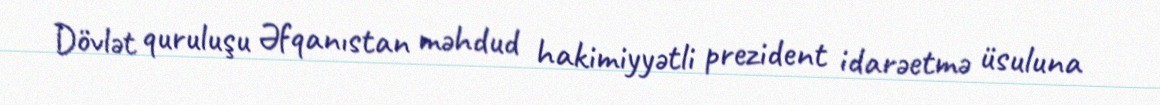
Dövlət quruluşu Əfqanıstan məhdud hakimiyyətli prezident idarəetmə üsuluna